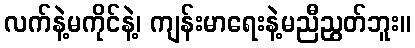
လက်နဲ့မကိုင်နဲ့၊ ကျန်းမာရေးနဲ့မညီညွတ်ဘူး။